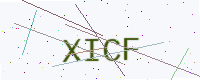
Text: XICF